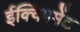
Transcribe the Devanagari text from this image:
ईक्विपमेंट